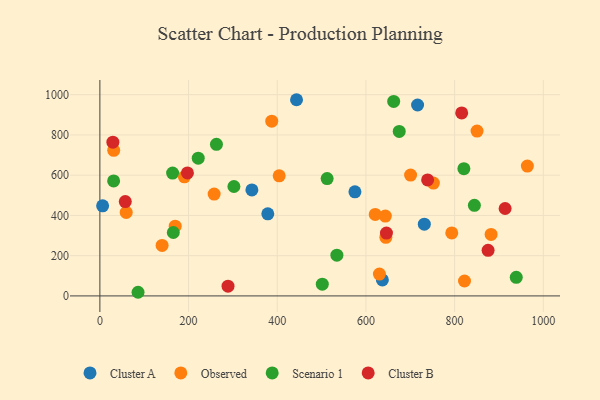
{"axis": {"x": "Engine Size", "y": "Exam Score"}, "legend": ["Cluster A", "Cluster B", "Observed", "Scenario 1"], "data": [{"x": "342.8", "y": 526.8, "type": "Cluster A"}, {"x": "731.7", "y": 356.3, "type": "Cluster A"}, {"x": "637.1", "y": 79.6, "type": "Cluster A"}, {"x": "6.2", "y": 447.8, "type": "Cluster A"}, {"x": "575.2", "y": 517.1, "type": "Cluster A"}, {"x": "716.5", "y": 948.6, "type": "Cluster A"}, {"x": "378.7", "y": 407.8, "type": "Cluster A"}, {"x": "443.5", "y": 974.9, "type": "Cluster A"}, {"x": "882.3", "y": 305.5, "type": "Observed"}, {"x": "630.4", "y": 108.7, "type": "Observed"}, {"x": "190.6", "y": 591.7, "type": "Observed"}, {"x": "644.9", "y": 291.3, "type": "Observed"}, {"x": "621.0", "y": 404.8, "type": "Observed"}, {"x": "793.6", "y": 312.9, "type": "Observed"}, {"x": "169.9", "y": 346.5, "type": "Observed"}, {"x": "257.7", "y": 506.3, "type": "Observed"}, {"x": "964.1", "y": 645.4, "type": "Observed"}, {"x": "31.2", "y": 723.3, "type": "Observed"}, {"x": "643.8", "y": 396.8, "type": "Observed"}, {"x": "850.6", "y": 819.1, "type": "Observed"}, {"x": "140.3", "y": 250.9, "type": "Observed"}, {"x": "822.3", "y": 74.1, "type": "Observed"}, {"x": "59.4", "y": 414.9, "type": "Observed"}, {"x": "752.2", "y": 560.9, "type": "Observed"}, {"x": "387.6", "y": 868.2, "type": "Observed"}, {"x": "700.7", "y": 600.4, "type": "Observed"}, {"x": "404.4", "y": 597.0, "type": "Observed"}, {"x": "820.9", "y": 632.4, "type": "Scenario 1"}, {"x": "31.0", "y": 571.3, "type": "Scenario 1"}, {"x": "501.6", "y": 58.4, "type": "Scenario 1"}, {"x": "675.1", "y": 817.5, "type": "Scenario 1"}, {"x": "165.6", "y": 315.2, "type": "Scenario 1"}, {"x": "86.1", "y": 18.1, "type": "Scenario 1"}, {"x": "302.3", "y": 543.6, "type": "Scenario 1"}, {"x": "164.0", "y": 610.4, "type": "Scenario 1"}, {"x": "262.9", "y": 753.3, "type": "Scenario 1"}, {"x": "512.5", "y": 583.1, "type": "Scenario 1"}, {"x": "844.6", "y": 450.4, "type": "Scenario 1"}, {"x": "662.6", "y": 966.7, "type": "Scenario 1"}, {"x": "939.0", "y": 92.5, "type": "Scenario 1"}, {"x": "534.5", "y": 202.6, "type": "Scenario 1"}, {"x": "221.8", "y": 684.6, "type": "Scenario 1"}, {"x": "29.3", "y": 763.9, "type": "Cluster B"}, {"x": "197.5", "y": 611.4, "type": "Cluster B"}, {"x": "913.9", "y": 434.3, "type": "Cluster B"}, {"x": "739.1", "y": 576.5, "type": "Cluster B"}, {"x": "875.5", "y": 226.5, "type": "Cluster B"}, {"x": "289.0", "y": 48.2, "type": "Cluster B"}, {"x": "57.3", "y": 468.7, "type": "Cluster B"}, {"x": "646.3", "y": 312.4, "type": "Cluster B"}, {"x": "816.0", "y": 909.1, "type": "Cluster B"}]}